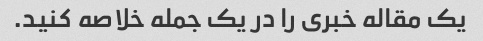
یک مقاله خبری را در یک جمله خلاصه کنید.